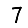
Digit: 7